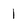
Character: 1